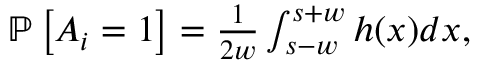
\begin{array} { r } { \mathbb { P } \left[ A _ { i } = 1 \right] = \frac { 1 } { 2 w } \int _ { s - w } ^ { s + w } h ( x ) d x , } \end{array}